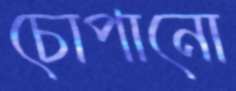
চোপানো